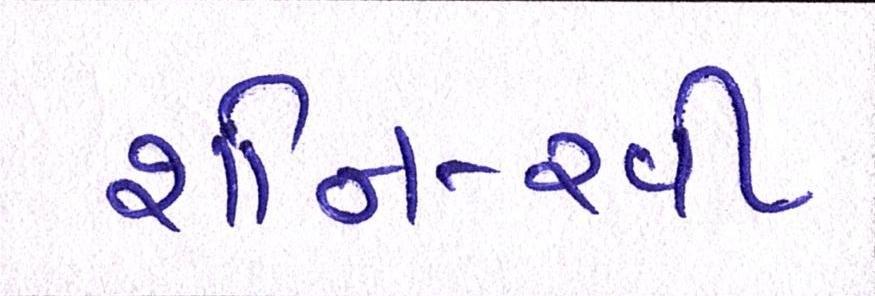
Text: શનિ-રવી